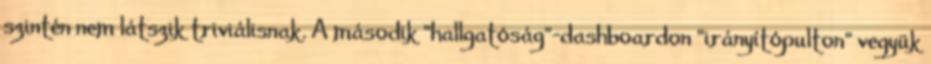
szintén nem látszik triviálisnak. A második "hallgatóság"-dashboardon "irányítópulton" vegyük